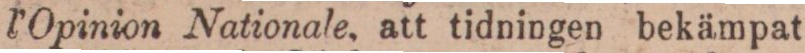
l’Opinion Nationale, att tidningen bekämpat